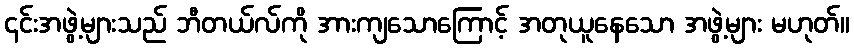
၎င်းအဖွဲ့များသည် ဘီတယ်လ်ကို အားကျသောကြောင့် အတုယူနေသော အဖွဲ့များ မဟုတ်။